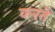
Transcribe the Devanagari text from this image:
करते